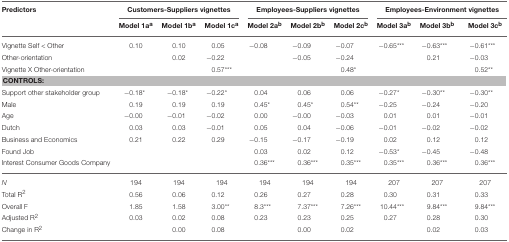
<table><thead><tr><td><b>Predictors</b></td><td colspan="3"><b>Customers-Suppliers vignettes</b></td><td colspan="3"><b>Employees-Suppliers vignettes</b></td><td colspan="3"><b>Employees-Environment vignettes</b></td></tr><tr><td></td><td><b>Model 1a<sup>a</sup></b></td><td><b>Model 1b<sup>a</sup></b></td><td><b>Model 1c<sup>a</sup></b></td><td><b>Model 2a<sup>b</sup></b></td><td><b>Model 2b<sup>b</sup></b></td><td><b>Model 2c<sup>b</sup></b></td><td><b>Model 3a<sup>b</sup></b></td><td><b>Model 3b<sup>b</sup></b></td><td><b>Model 3c<sup>b</sup></b></td></tr></thead><tbody><tr><td>Vignette Self &lt; Other</td><td>0.10</td><td>0.10</td><td>0.05</td><td>−0.08</td><td>−0.09</td><td>−0.07</td><td>−0.65<sup>***</sup></td><td>−0.63<sup>***</sup></td><td>−0.61<sup>***</sup></td></tr><tr><td>Other-orientation</td><td></td><td>0.02</td><td>−0.22</td><td></td><td>−0.05</td><td>−0.24</td><td></td><td>0.21</td><td>−0.03</td></tr><tr><td>Vignette X Other-orientation</td><td></td><td></td><td>0.57<sup>***</sup></td><td></td><td></td><td>0.48<sup>*</sup></td><td></td><td></td><td>0.52<sup>**</sup></td></tr><tr><td colspan="10"><b>CONTROLS:</b></td></tr><tr><td>Support other stakeholder group</td><td>−0.18<sup>*</sup></td><td>−0.18<sup>*</sup></td><td>−0.22<sup>*</sup></td><td>0.04</td><td>0.06</td><td>0.06</td><td>−0.27<sup>*</sup></td><td>−0.30<sup>**</sup></td><td>−0.30<sup>**</sup></td></tr><tr><td>Male</td><td>0.19</td><td>0.19</td><td>0.19</td><td>0.45<sup>*</sup></td><td>0.45<sup>*</sup></td><td>0.54<sup>**</sup></td><td>−0.25</td><td>−0.24</td><td>−0.20</td></tr><tr><td>Age</td><td>−0.00</td><td>−0.01</td><td>−0.02</td><td>0.00</td><td>−0.00</td><td>−0.03</td><td>0.01</td><td>0.01</td><td>−0.01</td></tr><tr><td>Dutch</td><td>0.03</td><td>0.03</td><td>−0.01</td><td>0.05</td><td>0.04</td><td>−0.06</td><td>−0.01</td><td>−0.02</td><td>−0.02</td></tr><tr><td>Business and Economics</td><td>0.21</td><td>0.22</td><td>0.29</td><td>−0.15</td><td>−0.17</td><td>−0.19</td><td>0.02</td><td>0.12</td><td>0.12</td></tr><tr><td>Found Job</td><td></td><td></td><td></td><td>0.03</td><td>0.02</td><td>0.12</td><td>−0.53<sup>*</sup></td><td>−0.45</td><td>−0.48</td></tr><tr><td>Interest Consumer Goods Company</td><td></td><td></td><td></td><td>0.36<sup>***</sup></td><td>0.36<sup>***</sup></td><td>0.35<sup>***</sup></td><td>0.35<sup>***</sup></td><td>0.36<sup>***</sup></td><td>0.36<sup>***</sup></td></tr><tr><td><i>N</i></td><td>194</td><td>194</td><td>194</td><td>194</td><td>194</td><td>194</td><td>207</td><td>207</td><td>207</td></tr><tr><td>Total R<sup>2</sup></td><td>0.56</td><td>0.06</td><td>0.12</td><td>0.26</td><td>0.27</td><td>0.28</td><td>0.30</td><td>0.31</td><td>0.33</td></tr><tr><td>Overall F</td><td>1.85</td><td>1.58</td><td>3.00<sup>**</sup></td><td>8.3<sup>***</sup></td><td>7.37<sup>***</sup></td><td>7.26<sup>***</sup></td><td>10.44<sup>***</sup></td><td>9.84<sup>***</sup></td><td>9.84<sup>***</sup></td></tr><tr><td>Adjusted R<sup>2</sup></td><td>0.03</td><td>0.02</td><td>0.08</td><td>0.23</td><td>0.23</td><td>0.25</td><td>0.27</td><td>0.28</td><td>0.30</td></tr><tr><td>Change in R<sup>2</sup></td><td></td><td>0.00</td><td>0.08</td><td></td><td>0.00</td><td>0.02</td><td></td><td>0.02</td><td>0.03</td></tr></tbody></table>